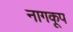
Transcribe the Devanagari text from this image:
नागकूप